Medical and sanitary report of the native army of Bengal for the year
Year: 1877
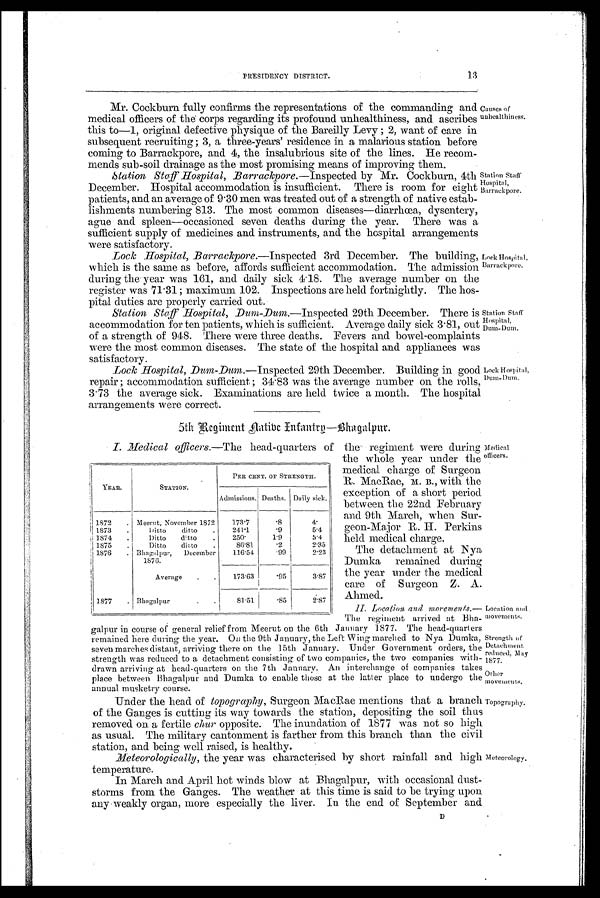
Medical
officers.
Location and
movements.
Strength of
Detachment
reduced, May
1877.
Other
movements.
Topography.
Meteorology.
13
PRESIDENCY DISTRICT.
Mr. Cockburn fully confirms the representations of the commanding and
medical officers of the corps regarding its profound unhealthiness, and ascribes
this to-1, original defective physique of the Bareilly Levy ; 2, want of care in
subsequent recruiting ; 3, a three-years' residence in a malarious station before
coming to Barrackpore, and 4, the insalubrious site of the lines. He recom-
mends sub-soil drainage as the most promising means of improving them.
Station Staff Hospital, Barrackpore.— Inspected by Mr. Cockburn, 4th
December. Hospital accommodation is insufficient. There is room for eight
patients, and an average of 9.30 men was treated out of a strength of native estab-
lishments numbering 813. The most common diseases—diarrhoea, dysentery,
ague and spleen—occasioned seven deaths during the year. There was a
sufficient supply of medicines and instruments, and the hospital arrangements
were satisfactory.
Lock Hospital, Barrackpore.—Inspected 3rd December. The building,
which is the same as before, affords sufficient accommodation. The admission
during the year was 161, and daily sick 4.18. The average number on the
register was 71.31; maximum 102. Inspections are held fortnightly. The hos-
pital duties are properly carried out.
Station Staff Hospital, Dum-Dum.—Inspected 29th December. There is
accommodation for ten patients, which is sufficient. Average daily sick 3.81, out
of a strength of 948. There were three deaths. Fevers and bowel-complaints
were the most common diseases. The state of the hospital and appliances was
satisfactory.
Lock Hospital, Dum-Dum.—Inspected 29th December. Building in good
repair ; accommodation sufficient ; 34.83 was the average number on the rolls
3.73 the average sick. Examinations are held twice a month. The hospital
arrangements were correct.
Causes of
unhealthiness.
Station Staff
Hospital,
Barrackpore.
Lock Hospital,
Barrackpore.
Station Staff
Hospital,
Dum-Dum.
Lock Hospital,
Dum- D um.
5th Regiment natibe Intantrp—Bhagalpur.
I. Medical officers.—The head-quarters of the regiment were during
the whole year under the
medical charge of Surgeon
R. MacRae, M. B ., with the
exception of a short period
between the 22nd February
and 9th March, when Sur,
geon-Major R. H. Perkins
held medical charge.
The detachment at Nya
Dumka remained during
the year under the medical
care of Surgeon Z. A.
Ahmed.
II. Location, and morernents.—
The regiment arrived at Bha-
galpur in course of general relief from Meerut on the 6th January 1877. The head-quarters
remained here during the year. On the 9th January, the Left Wing marched to Nya Dumka,
seven marches distant, arriving there on the 15th January. Under Government orders, the
strength was reduced to a detachment consisting of two companies, the two companies with-
drawn arriving at head-quarters on the 7th January. An interchange of companies takes
place between Bhagalpur and Dumka to enable those at the latter place to undergo the
annual musketry course.
Under the head of topography, Surgeon MacRae mentions that a branch
of the Ganges is cutting its way towards the station, depositing the soil thus
removed on a fertile chur opposite. The inundation of 1877 was not so high
as usual. The military cantonment is farther from this branch than the civil
station, and being well raised, is healthy.
Meteorologically, the year was characterised by short rainfall and high
temperature.
In March and April hot winds blow at Bhagalpur, with occasional dust-
storms from the Ganges. The weather at this time is said to be trying upon
any-weakly organ, more especially the liver. In the end of September and
D
YEAR.
STATION.
PER CENT. OF STRENGTH.
Admissions. Deaths. Daily sick.
1872
Meernt, November 1872
1 7 3 . 7
. 8
4 .
1873
Ditto
ditto
2 4 1 . 1
. 9
5 . 4
1874
Ditto
ditto
2 5 0 .
1 . 9
5 . 4
1875
Ditto
ditto
8 6 . 8 1
. 2
2 . 3 5
1876
B h a g a l p u r , D e c e m b e r 1 8 7 6 .
1 1 6 . 5 4
. 9 9
2 . 2 3
Average
1 7 3 . 6 3
. 9 5
3 . 8 7
1877
Bhagalpur
8 1 . 5 1
. 8 5
2 . 8 7